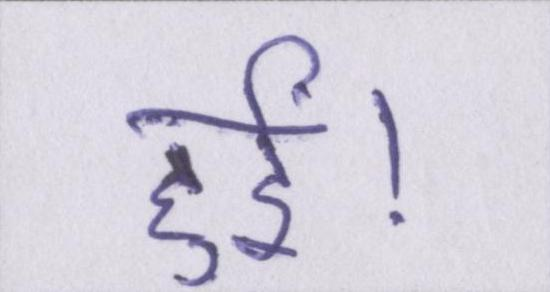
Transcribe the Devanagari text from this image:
हुईं।